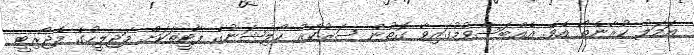
އަމަލު ކުރާނެތޯ އެވެ. އެއްބަސްވުމުގައިވާ ގޮތުން ސަރުކާރު ކޯލިޝަނުގެ ޕާޓީތަކަށް މަޖިލީހުގެ މެޖޯރިޓީ